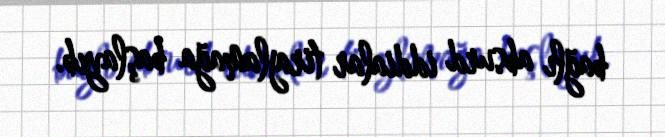
bağlı absurd iddialar tirajlamağa başlayıb.